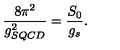
\frac { 8 \pi ^ { 2 } } { g _ { S Q C D } ^ { 2 } } = \frac { S _ { 0 } } { g _ { s } } .